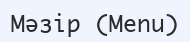
Мәзір (Menu)